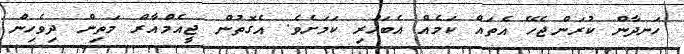
ހަނދާން ކުރަންޖެހޭ އެތައް ކަމެއް އެބަހުރި ކަމަށެވެ. އެގޮތުން ޖީއެމްއާރް މަތިން ދިވެހިން